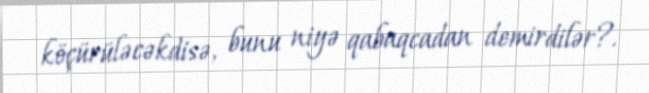
köçürüləcəkdisə, bunu niyə qabaqcadan demirdilər?.